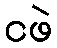
ငဖဲ